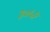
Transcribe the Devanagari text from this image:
३०५२